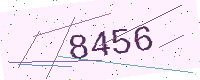
Text: 8456